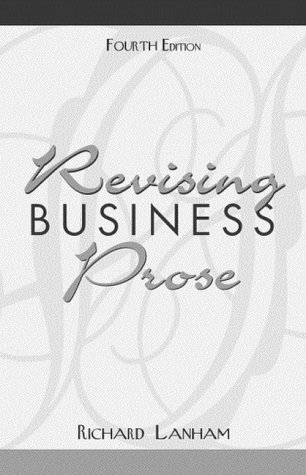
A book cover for Revising Business Prose (4th Edition); Richard Lanham; Business & Money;